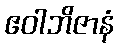
ဧဝါဘိဇာနံ